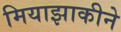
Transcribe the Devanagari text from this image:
मियाझाकीने